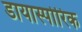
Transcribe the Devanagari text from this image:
डायास्पोरिक